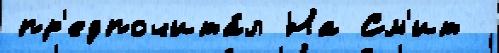
пр'едпочита́л На См'ит